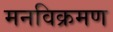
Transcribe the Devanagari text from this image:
मनविक्रमण